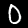
Label: 0